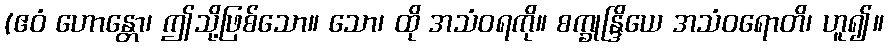
(ဧဝံ ဟောန္တော၊ ဤသို့ဖြစ်သော။ သော၊ ထို အသံဝရကို။ စက္ခုန္ဒြိယေ အသံဝရောတိ၊ ဟူ၍။